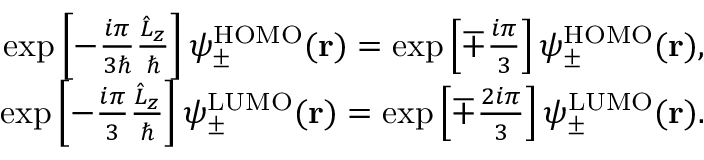
\begin{array} { r } { \exp \left[ - \frac { i \pi } { 3 \hbar } \frac { \hat { L } _ { z } } { \hbar } \right] \psi _ { \pm } ^ { \mathrm { H O M O } } ( \mathbf { r } ) = \exp \left[ \mp \frac { i \pi } { 3 } \right] \psi _ { \pm } ^ { \mathrm { H O M O } } ( \mathbf { r } ) , } \\ { \exp \left[ - \frac { i \pi } { 3 } \frac { \hat { L } _ { z } } { \hbar } \right] \psi _ { \pm } ^ { \mathrm { L U M O } } ( \mathbf { r } ) = \exp \left[ \mp \frac { 2 i \pi } { 3 } \right] \psi _ { \pm } ^ { \mathrm { L U M O } } ( \mathbf { r } ) . } \end{array}